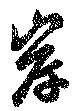
岸